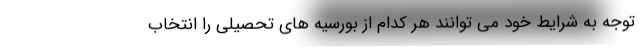
توجه به شرایط خود می توانند هر کدام از بورسیه های تحصیلی را انتخاب